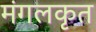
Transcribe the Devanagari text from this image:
मंगलकृत